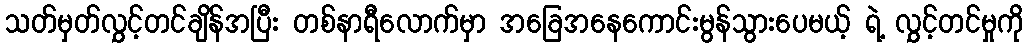
သတ်မှတ်လွှင့်တင်ချိန်အပြီး တစ်နာရီလောက်မှာ အခြေအနေကောင်းမွန်သွားပေမယ့် ရဲ့ လွှင့်တင်မှုကို